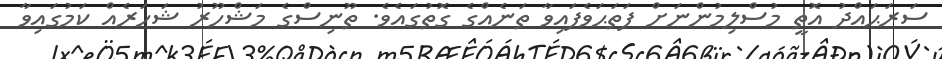
ސަރަޙައްދު އޮތީ މުސްލިމުންނަަށް ފަތަޙަވެފައިވާ ތަނެއްގެ ގޮތުގައެވެ. ތޫނިސްގެ މަޝްހޫރު ޝަހަރެއް ކަމުގައިވާ